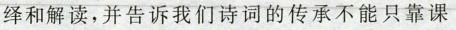
绎和解读，并告诉我们诗词的传承不能只靠课